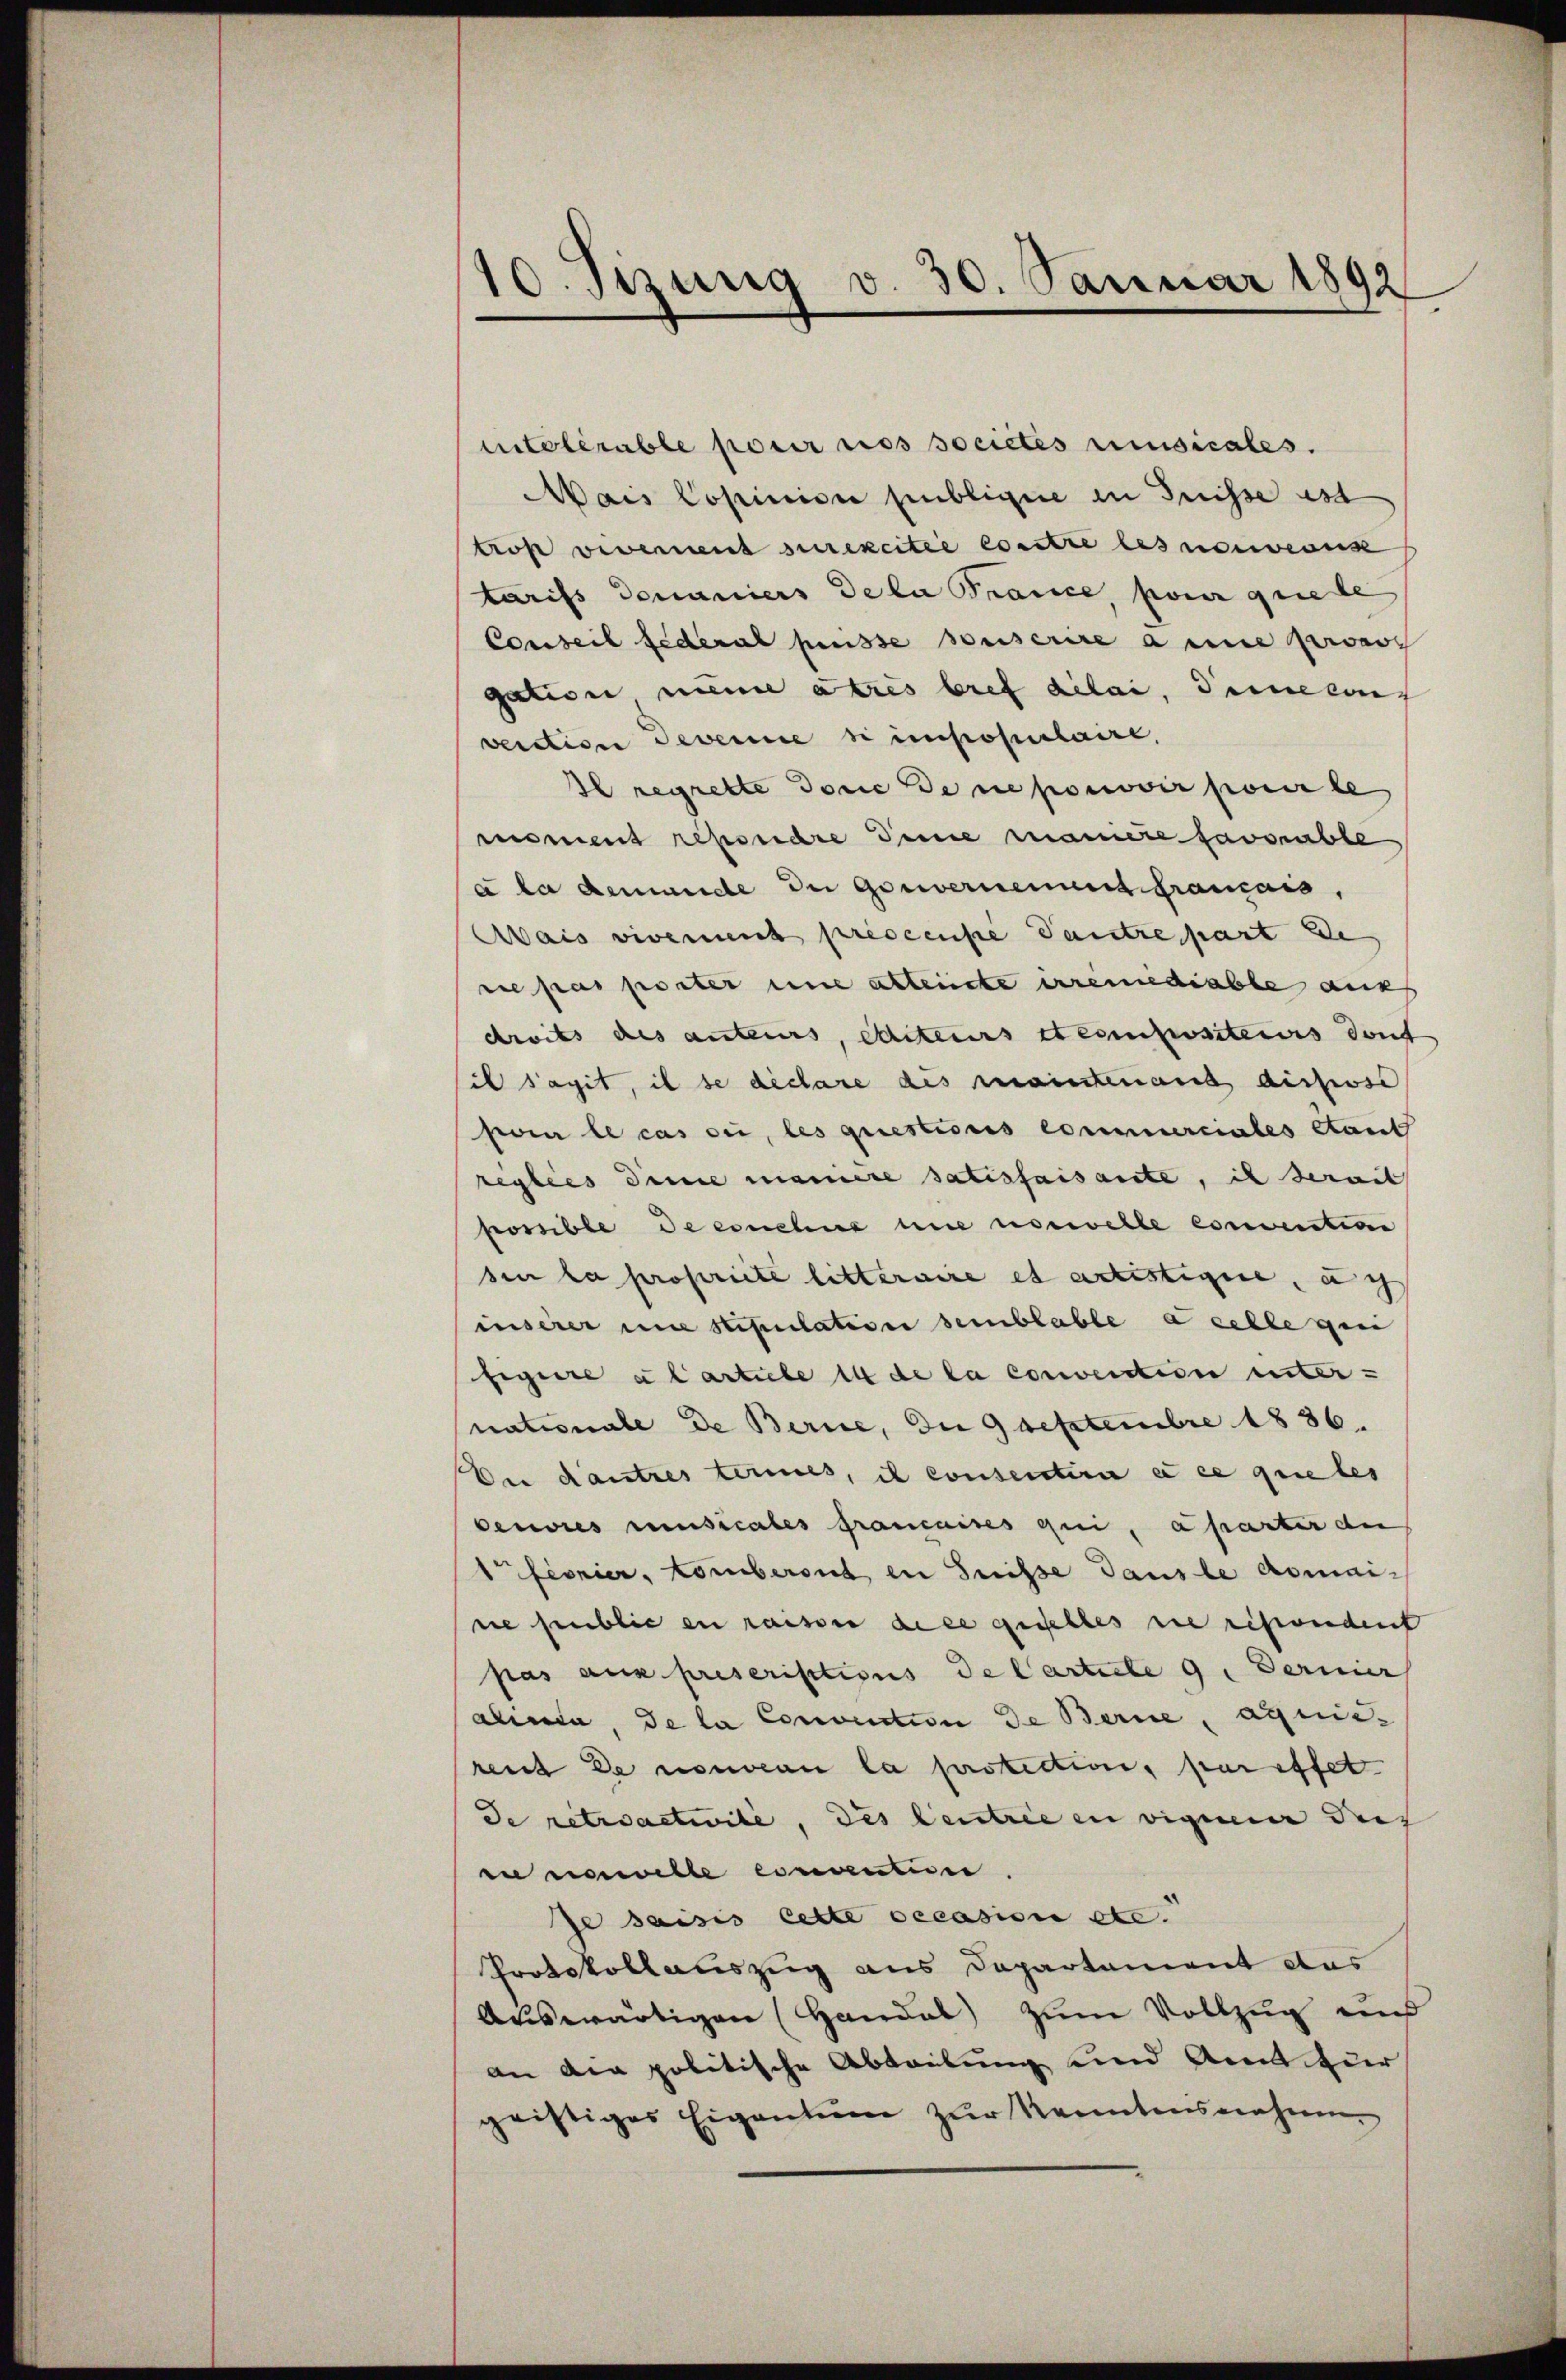
10. Sizung v. 30. Januar 1892

intolérable parir les societes umsicales.
Mais Copinion übligen in Suisse est
trop vevement surekcitie contre les nouvernis
tarifs demaniers Dela France, pour que le
Conseil Federal puisse souserire a en rasc
gation meine atres bref délai, Deine con
vecction devenie si impopulaire,
Ilregrette Jone de ne pouvoir pour le
moment répondre Deine mannere savorable
à la demande du gouvernennes Gramais,
Mais vivement prescense Tantre part de
rie pas porter nie alleinete erremediable aus
droits des anteiers, editeurs steinpositenvis dont
sil s’agit, il se declare des maintenand aichose
poi le cas sei, les questiores commerciales Stant
reylies dinie mannere satisfaisante, ich serait
ponible de conche une norwelle convention
sin la propriete litteraire es actistigen, au
inserer une stipulation semblable a celle gen
figire a l artiele in de la convention unter-
nationale de Berne, Du 9 septembre 1836.
Du dautres termes, il consentire à ce que les
Cenores umsicales francaires qui, a partir au
1fionier, tomberont in Suisse dans le domaine public en raiser de ce quelles sie resondent
pas aux prescriptions de Carticle 9. Ferner
alein, de la Conviction de Berne, aquiereut de nouveau la protection, pareffet
de retractivile, des Centrie in vigueur dies
eu nouvelle convention
Je saisis cette occasion etc.
Protokollauszug aus Departement das
Auswärtigen (Handal zum Vollzug und
an der politische Abteilung und Amt zur
gristiges Eigentum zur Kenntensnahmen